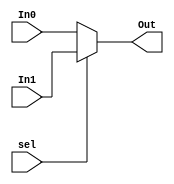
`timescale 1ns / 1ps
//////////////////////////////////////////////////////////////////////////////////
// Company: 
// Engineer: 
// 
// Design Name: 
// Module Name: Mux5bit_2to1
// Project Name: 
// Target Devices: 
// Tool Versions: 
// Description: 
// 
// Dependencies: 
// 
// Revision:
// Revision 0.01 - File Created
// Additional Comments:
// 
//////////////////////////////////////////////////////////////////////////////////


module Mux5bit_2to1(In0, In1, sel, Out);
    
    input sel;
    input [4:0] In0, In1;
    
    output [4:0] Out;
    
    assign Out = (sel) ? (In1):(In0);
    
endmodule